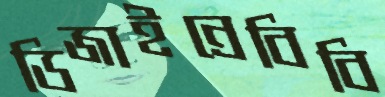
ডিজাইন্রেবিবি